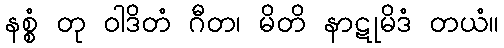
နစ္စံ တု ဝါဒိတံ ဂီတ၊ မိတိ နာဋုမိဒံ တယံ။